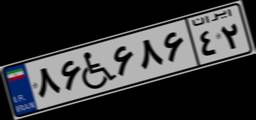
۲۹W۶۹۳۴۲